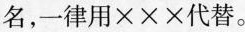
名，一律用×××代替。